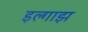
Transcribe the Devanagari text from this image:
इल्गाझ